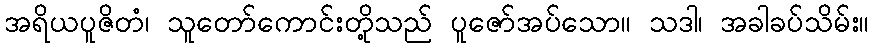
အရိယပူဇိတံ၊ သူတော်ကောင်းတို့သည် ပူဇော်အပ်သော။ သဒါ၊ အခါခပ်သိမ်း။